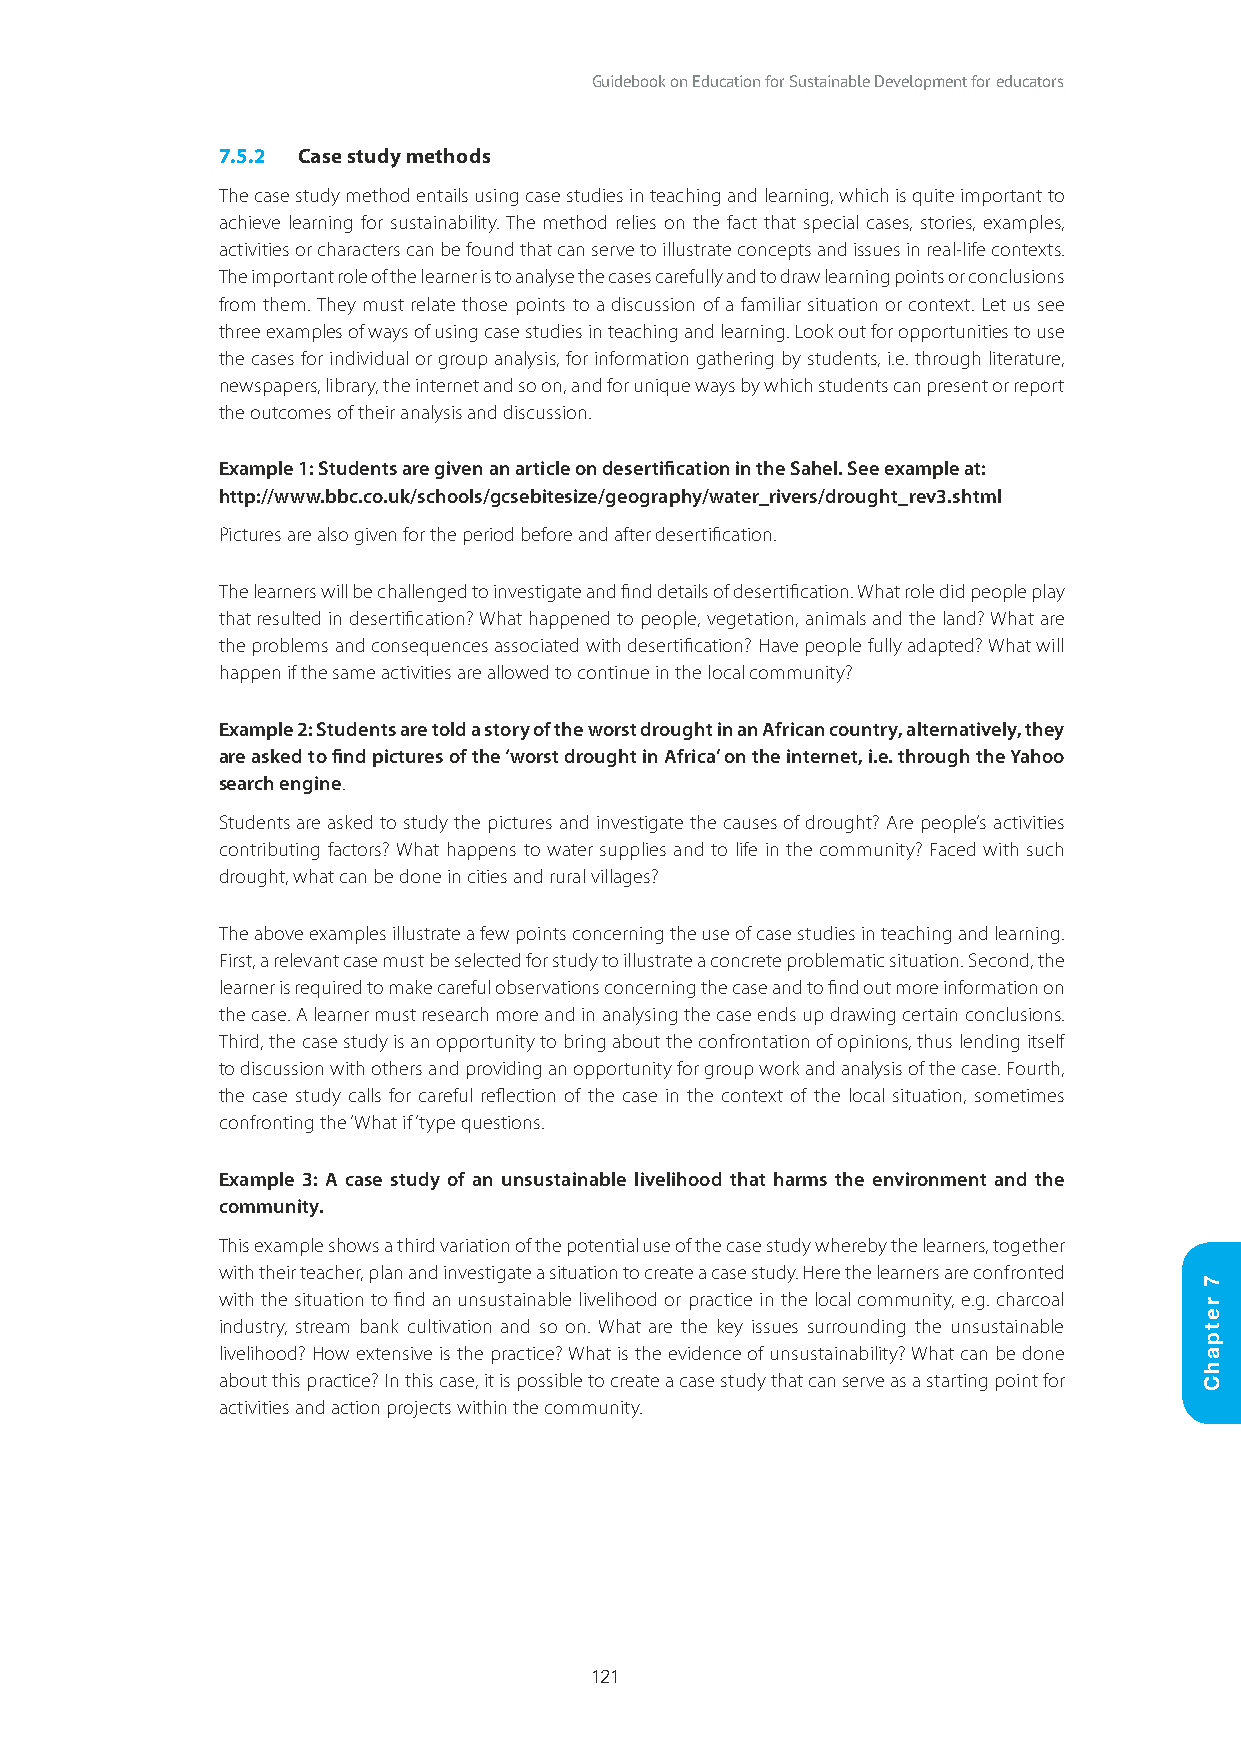
Guidebook on Education for Sustainable Development for educators
 7.5.2 Case study methods
 The case study method entails using case studies in teaching and learning, which is quite important to
 achieve learning for sustainability. The method relies on the fact that special cases, stories, examples,
 activities or characters can be found that can serve to illustrate concepts and issues in real-life contexts.
 The important role of the learner is to analyse the cases carefully and to draw learning points or conclusions
 from them. They must relate those points to a discussion of a familiar situation or context. Let us see
 three examples of ways of using case studies in teaching and learning. Look out for opportunities to use
 the cases for individual or group analysis, for information gathering by students, i.e. through literature,
 newspapers, library, the internet and so on, and for unique ways by which students can present or report
 the outcomes of their analysis and discussion.
 Example 1: Students are given an article on desertification in the Sahel. See example at:
 http://www.bbc.co.uk/schools/gcsebitesize/geography/water_rivers/drought_rev3.shtml
 Pictures are also given for the period before and after desertification.
 The learners will be challenged to investigate and find details of desertification. What role did people play
 that resulted in desertification? What happened to people, vegetation, animals and the land? What are
 the problems and consequences associated with desertification? Have people fully adapted? What will
 happen if the same activities are allowed to continue in the local community?
 Example 2: Students are told a story of the worst drought in an African country, alternatively, they
 are asked to find pictures of the ‘worst drought in Africa’ on the internet, i.e. through the Yahoo
 search engine.
 Students are asked to study the pictures and investigate the causes of drought? Are people’s activities
 contributing factors? What happens to water supplies and to life in the community? Faced with such
 drought, what can be done in cities and rural villages?
 The above examples illustrate a few points concerning the use of case studies in teaching and learning.
 First, a relevant case must be selected for study to illustrate a concrete problematic situation. Second, the
 learner is required to make careful observations concerning the case and to find out more information on
 the case. A learner must research more and in analysing the case ends up drawing certain conclusions.
 Third, the case study is an opportunity to bring about the confrontation of opinions, thus lending itself
 to discussion with others and providing an opportunity for group work and analysis of the case. Fourth,
 the case study calls for careful reflection of the case in the context of the local situation, sometimes
 confronting the ‘What if’ type questions.
 Example 3: A case study of an unsustainable livelihood that harms the environment and the
 community.
 This example shows a third variation of the potential use of the case study whereby the learners, together
 with their teacher, plan and investigate a situation to create a case study. Here the learners are confronted
 with the situation to find an unsustainable livelihood or practice in the local community, e.g. charcoal
 industry, stream bank cultivation and so on. What are the key issues surrounding the unsustainable
 livelihood? How extensive is the practice? What is the evidence of unsustainability? What can be done
 about this practice? In this case, it is possible to create a case study that can serve as a starting point for
 activities and action projects within the community.
 121
 7
 retpahC